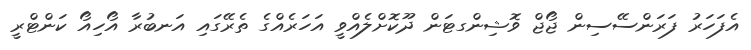
އެފަހަރު ފަރަންސޭސިން ޖޯޖް ވޮޝިންގޓަން ދޫކޮށްލެއްވީ އަހަރެއްގެ ތެރޭގައި އަނބުރާ އޯހިއޯ ކަންޓްރީ